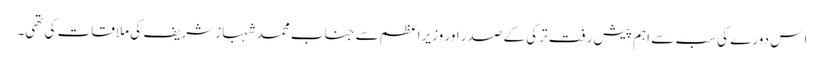
اِس دورے کی سب سے اہم پیش رفت ترکی کے صدر اور وزیراعظم سے جناب محمد شہباز شریف کی ملاقات کی تھی۔